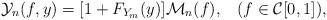
LaTeX: \begin{align*} \mathcal{Y}_{n}(f,y)=[1+F_{Y_{m}}(y)]\mathcal{M}_{n}(f),\;\;\;(f\in \mathcal{C}[0,1]),\\ \end{align*}